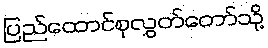
ပြည်ထောင်စုလွှတ်တော်သို့